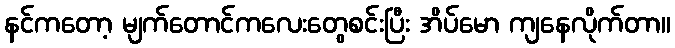
နင်ကတော့ မျက်တောင်ကလေးတွေစင်းပြီး အိပ်မော ကျနေလိုက်တာ။